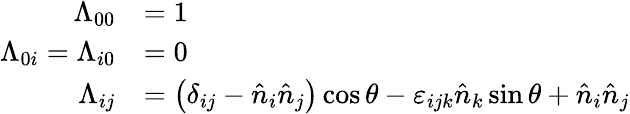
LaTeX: {\begin{array}{rl}{\Lambda_{00}}&{=1}\\ {\Lambda_{0i}=\Lambda_{i0}}&{=0}\\ {\Lambda_{ij}}&{=\left(\delta_{ij}-{\hat{n}}_{i}{\hat{n}}_{j}\right)\cos\theta-\varepsilon_{ijk}{\hat{n}}_{k}\sin\theta+{\hat{n}}_{i}{\hat{n}}_{j}}\end{array}}